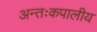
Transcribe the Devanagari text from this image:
अन्तःकपालीय